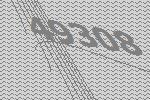
49308